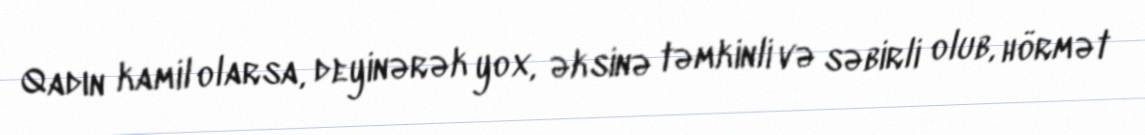
Qadın kamil olarsa, deyinərək yox, əksinə təmkinli və səbirli olub, hörmət